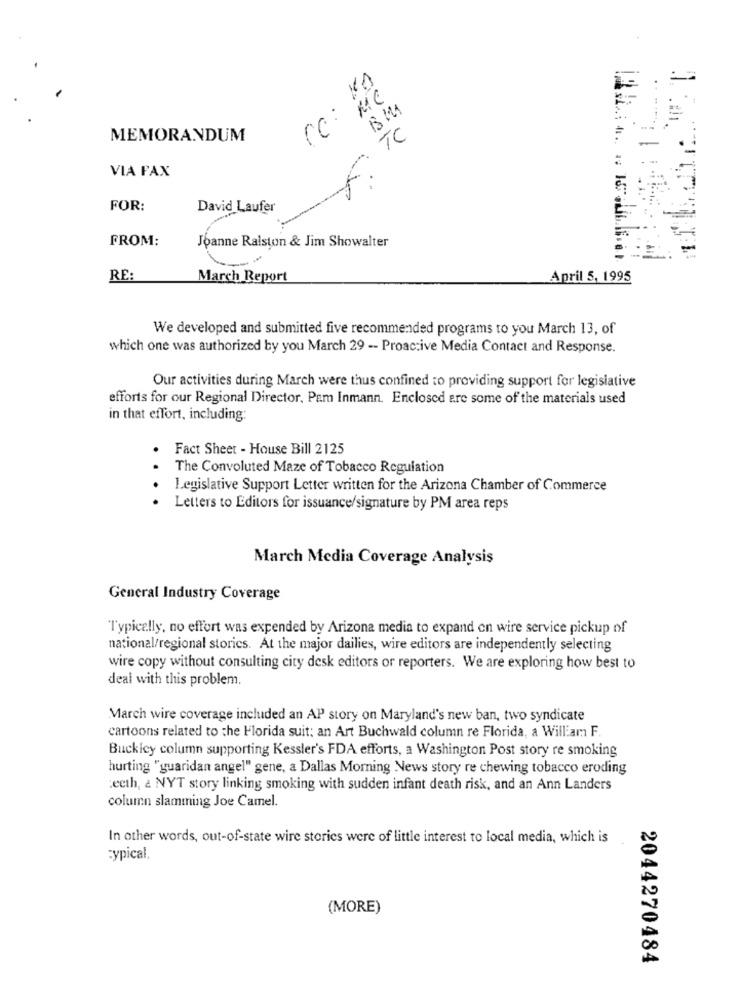
CC: MC
MEMORANDUM
F. TC
VIA FAX
FOR:
David Laufer
FROM:
Joanne Ralston & Jim Showalter
RE:
March Report
April 5, 1995
We developed and submitted five recommended programs to you March 13, of
which one was authorized by you March 29 -- Proactive Media Contact and Response.
Our activities during March were thus confined to providing support for legislative
efforts for our Regional Director, Pam Inmann. Enclosed are some of the materials used
in that effort, including:
Fact Sheet - House Bill 2125
The Convoluted Maze of Tobacco Regulation
Legislative Support Letter written for the Arizona Chamber of Commerce
...
Letters to Editors for issuance/signature by PM area reps
March Media Coverage Analysis
General Industry Coverage
Typically, no effort was expended by Arizona media to expand on wire service pickup of
national/regional stories. At the major dailies, wire editors are independently selecting
wire copy without consulting city desk editors or reporters. We are exploring how best to
deal with this problem.
March wire coverage included an AP story on Maryland's new ban, two syndicate
cartoons related to the Florida suit: an Art Buchwald column re Florida, a William F.
Buckley column supporting Kessler's FDA efforts, a Washington Post story re smoking
hurting "guaridan angel" gene, a Dallas Morning News story re chewing tobacco eroding
teeth, a NYT story linking smoking with sudden infant death risk, and an Ann Landers
column slamming Joe Camel.
In other words, out-of-state wire stories were of little interest to local media, which is
Typical
(MORE)
2044270484